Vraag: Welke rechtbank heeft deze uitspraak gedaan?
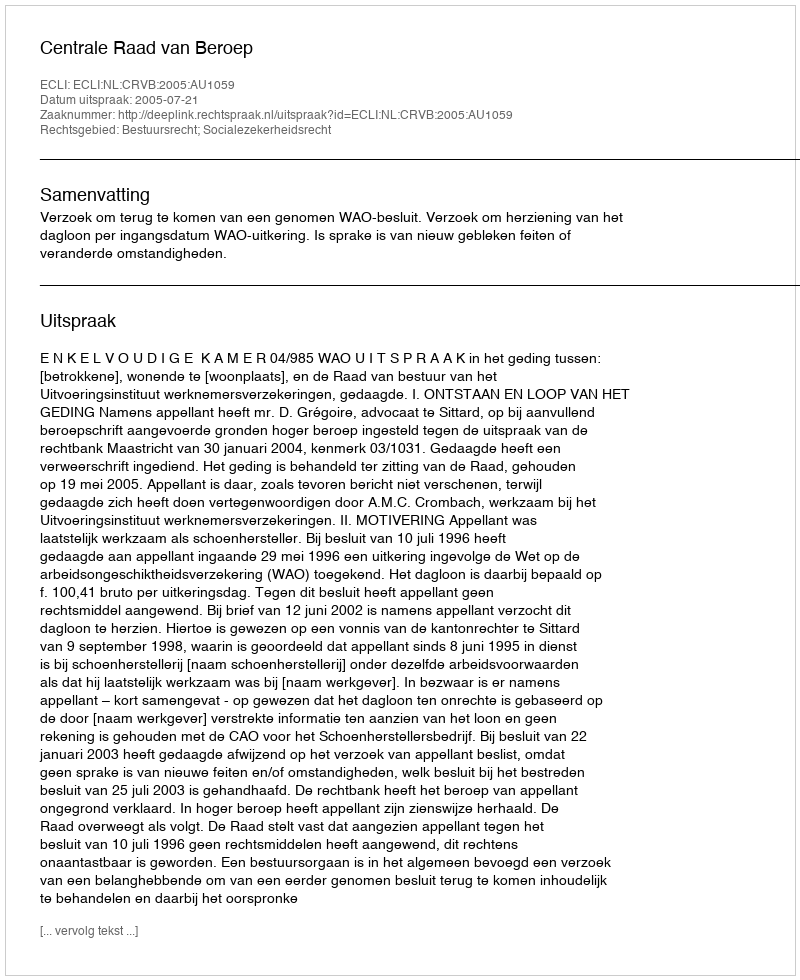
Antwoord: Centrale Raad van Beroep